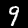
Digit: 9